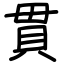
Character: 貫